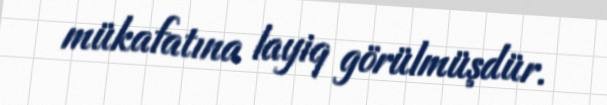
mükafatına layiq görülmüşdür.